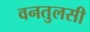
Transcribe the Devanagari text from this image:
वनतुलसी